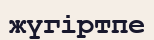
жүгіртпе